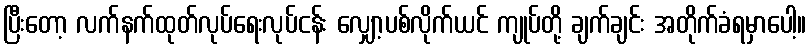
ပြီးတော့ လက်နက်ထုတ်လုပ်ရေးလုပ်ငန်း လျှော့ပစ်လိုက်ယင် ကျုပ်တို့ ချက်ချင်း အတိုက်ခံရမှာပေါ့။